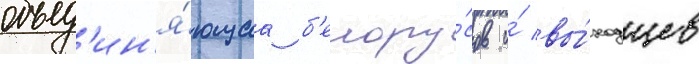
объед'ин'я́ющаа б'елору́сов и́ вы́ходцев